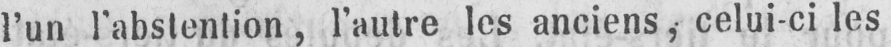
l’un l’abstention, l’autre les anciens, celui-ci les